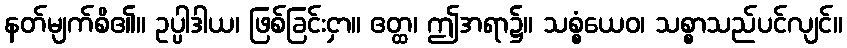
နတ်မျက်စိ၏။ ဥပ္ပါဒါယ၊ ဖြစ်ခြင်းငှာ။ ဧတ္ထ၊ ဤအရာ၌။ သစ္စံယေဝ၊ သစ္စာသည်ပင်လျင်။